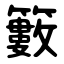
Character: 籔